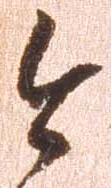
今